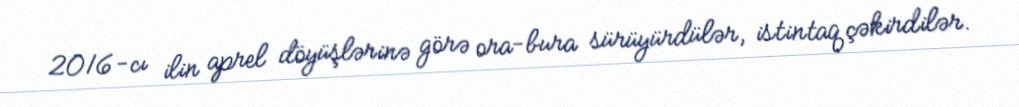
2016-cı ilin aprel döyüşlərinə görə ora-bura sürüyürdülər, istintaq çəkirdilər.